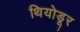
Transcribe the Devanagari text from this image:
थियोडूर